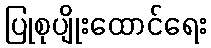
ပြုစုပျိုးထောင်ရေး